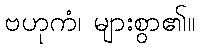
ဗဟုကံ၊ များစွာ၏။